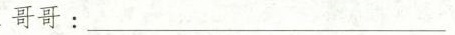
哥哥:_____________________